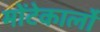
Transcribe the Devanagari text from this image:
मोंटेकार्लो